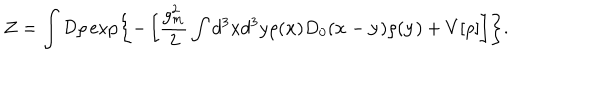
LaTeX: { \cal Z } = \int { \cal D } \rho \exp \left\{ - \left[ \frac { g _ { m } ^ { 2 } } { 2 } \int d ^ { 3 } x d ^ { 3 } y \rho ( { \bf x } ) D _ { 0 } ( { \bf x } - { \bf y } ) \rho ( { \bf y } ) + V [ \rho ] \right] \right\} .